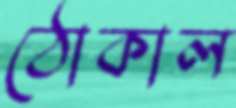
ঠোকাল